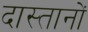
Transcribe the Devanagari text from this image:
दास्तानों